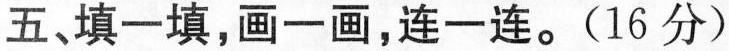
五、填一填，画一画，连一连。(16分)